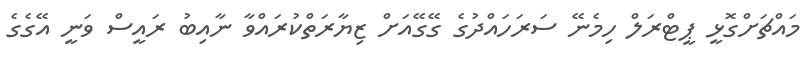
މައްޗަށްގޮޅީ ޕީޓްރަލް ހިމެނޭ ސަރަހައްދުގެ ގޭގޭއަށް ޒިޔާރަތްކުރައްވާ ނާއިބު ރައީސް ވަނީ އޭގެގެ